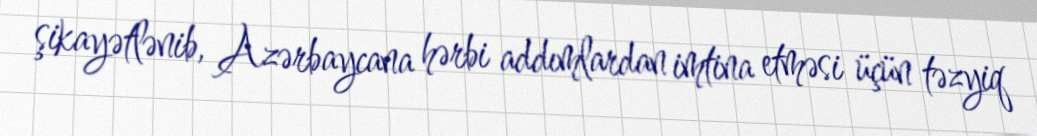
şikayətlənib, Azərbaycana hərbi addımlardan imtina etməsi üçün təzyiq